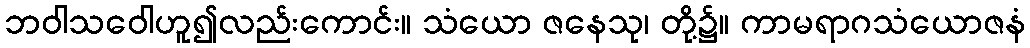
ဘဝါသဝေါဟူ၍လည်းကောင်း။ သံယော ဇနေသု၊ တို့၌။ ကာမရာဂသံယောဇနံ